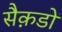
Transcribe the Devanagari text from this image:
सैक़डों